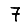
Digit: 7